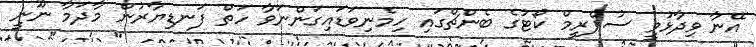
އޭނާ ވިދާޅުވީ ސުޕްރީމް ކޯޓުގެ ބެންޗްގައި ހިމެނިވަޑައިގަންނަވާ ހަތް ފަނޑިޔާރުން މާދަމާ ނޫނީ